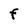
Character: F